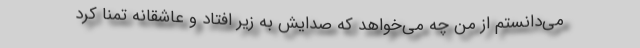
می‌دانستم از من چه می‌خواهد که صدایش به زیر افتاد و عاشقانه تمنا کرد